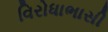
વિરોધાભાસી